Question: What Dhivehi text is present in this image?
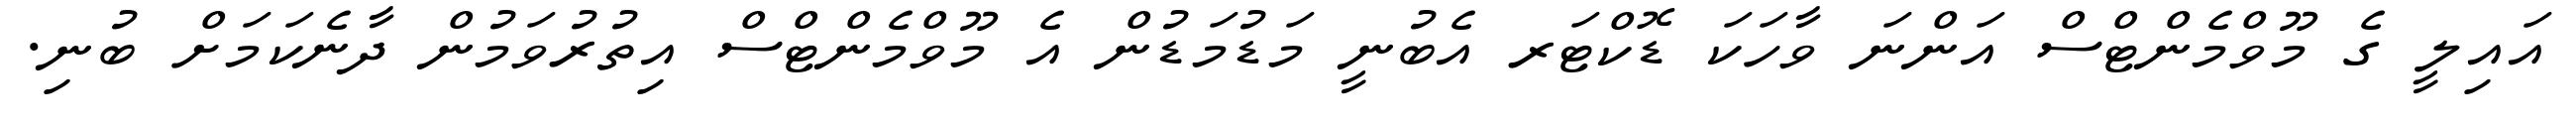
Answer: އައިލީ ގެ މޫވްމެންޓްސް އަންނަ ވާހަކަ ޑޮކްޓަރ އެބުނީ މަޑުމަޑުން އެ މޫވްމެންޓްސް އިތުރުވަމުން ދާނެކަމަށް ބުނި.